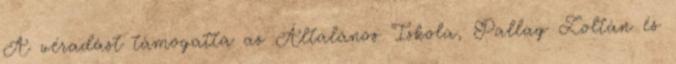
A véradást támogatta az Általános Iskola, Pallag Zoltán és